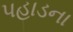
પહાડના